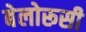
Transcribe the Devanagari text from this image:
बेलोरूसी